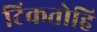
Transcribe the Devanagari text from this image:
टिकतोहि